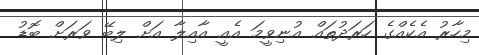
މިހާރު އެކެއްގެ ހަރަދުތައް އުނިވީމަ އެއީ އާއިލާ އަށް ލިބޭ ވަރަށް ބޮޑު